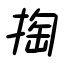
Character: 掏